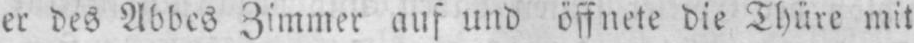
er des Abbes Zimmer auf und öffnete die Thüre mit